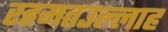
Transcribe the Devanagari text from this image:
रहमतउल्लाह